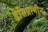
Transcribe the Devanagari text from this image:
डेसिप्रामीन